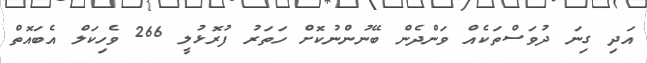
އަދި ގިނަ ދުވަސްތަކެއް ވަންދެން ބޭނުންނުކޮށް ހަތަރު ފުރޮޅުލީ 266 ވެހިކަލް އެބައޮތް